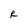
Character: R